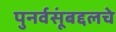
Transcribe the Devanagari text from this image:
पुनर्वसूंबद्दलचे